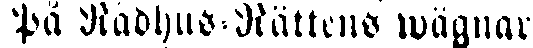
På Rådhus-Rättens wägnar: